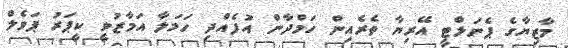
މާޒިޔާގެ ޕެނަލްޓީ އޭރިޔާ ތެރެއިން ހަމްދާން އުފެއްދި ހަމަލާ އަމާޒުވީ ކީޕަރު ޕަވެލް